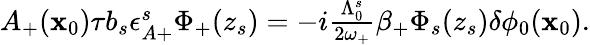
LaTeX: \begin{array}{r}{A_{+}(\mathbf{x}_{0})\tau b_{s}\epsilon_{A+}^{s}\Phi_{+}(z_{s})=-i\frac{\Lambda_{0}^{s}}{2\omega_{+}}\beta_{+}\Phi_{s}(z_{s})\delta\phi_{0}(\mathbf{x}_{0}).}\end{array}